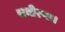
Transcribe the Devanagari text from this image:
समीरणः।